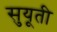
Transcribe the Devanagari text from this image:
सुयूती